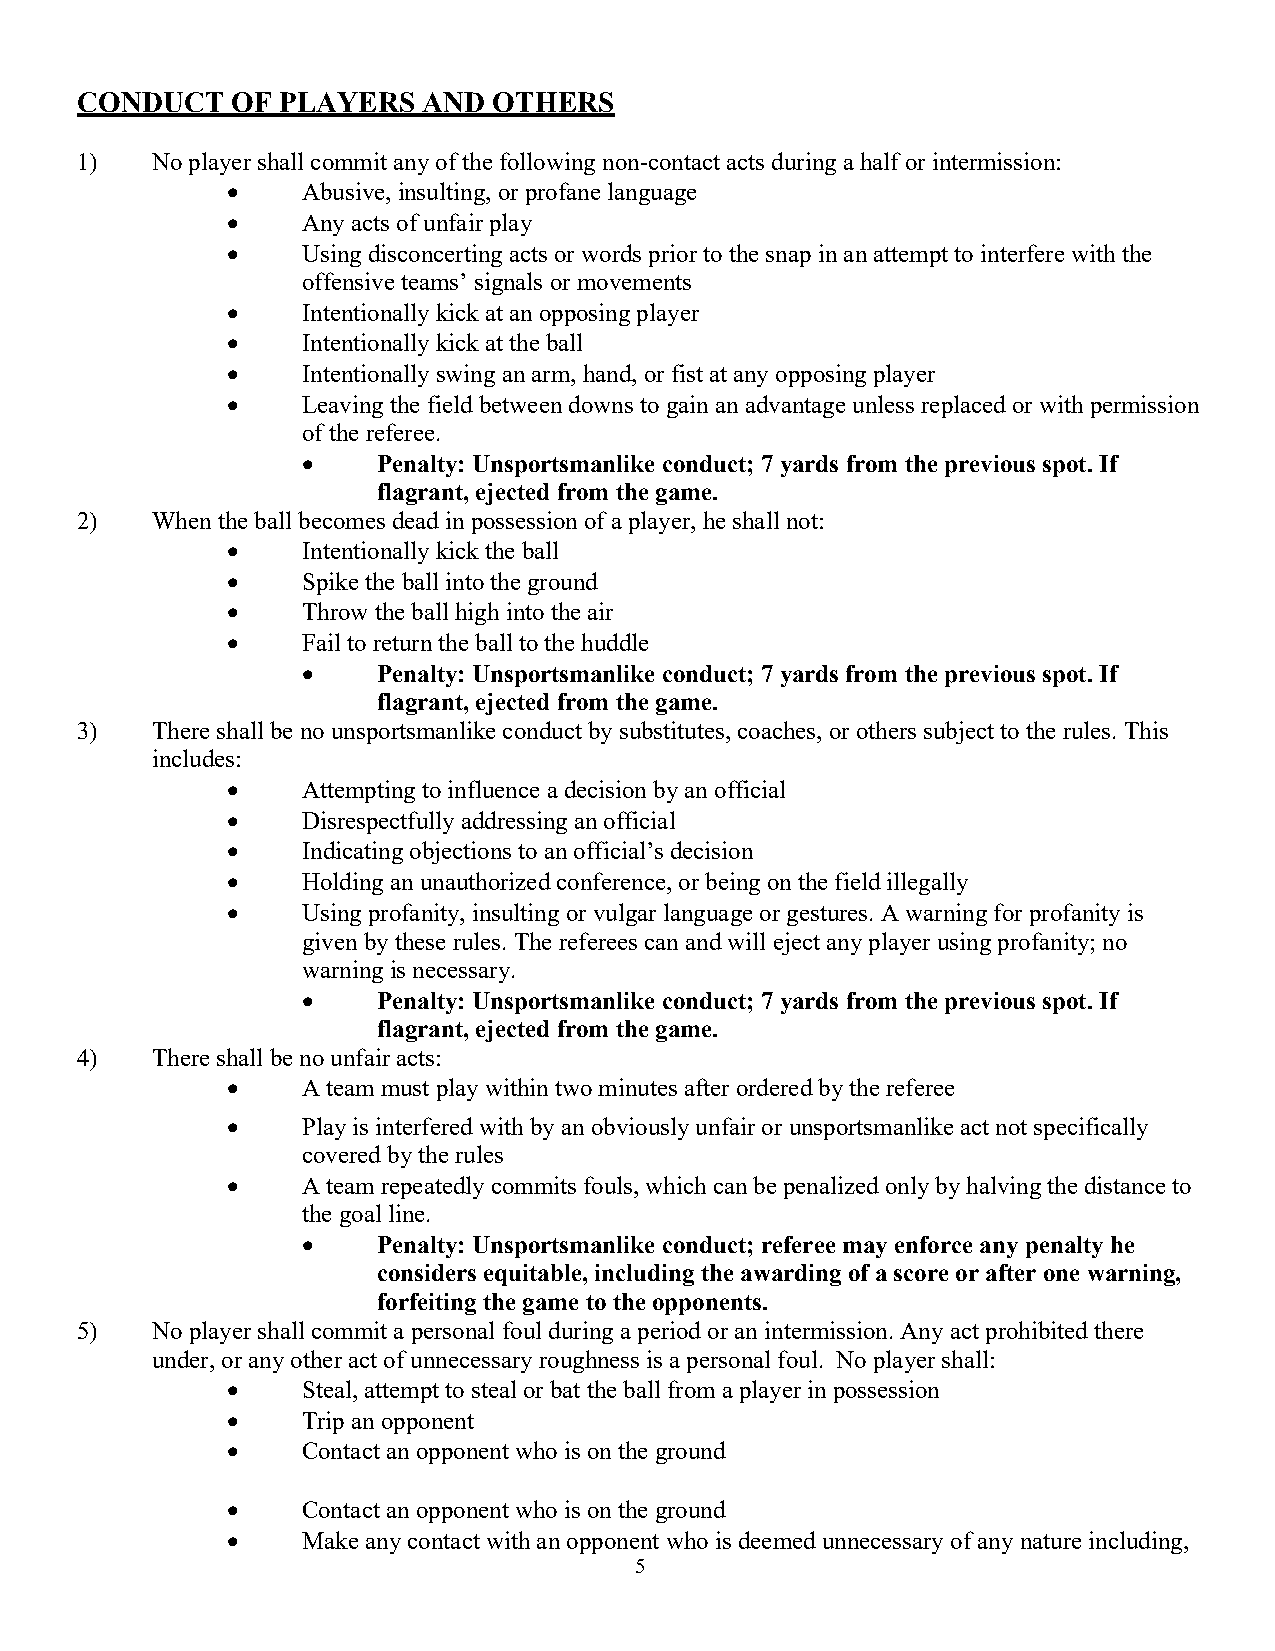
CONDUCT   OF PLAYERS   AND  OTHERS
 1)   No player shall commit any of the following non-contact acts during a half or intermission:
 •    Abusive, insulting, or profane language
 •    Any acts of unfair play
 •    Using disconcerting acts or words prior to the snap in an attempt to interfere with the
 offensive teams’ signals or movements
 •    Intentionally kick at an opposing player
 •    Intentionally kick at the ball
 •    Intentionally swing an arm, hand, or fist at any opposing player
 •    Leaving the field between downs to gain an advantage unless replaced or with permission
 of the referee.
 •    Penalty: Unsportsmanlike conduct; 7 yards from the previous spot. If
 flagrant, ejected from the game.
 2)   When the ball becomes dead in possession of a player, he shall not:
 •    Intentionally kick the ball
 •    Spike the ball into the ground
 •    Throw the ball high into the air
 •    Fail to return the ball to the huddle
 •    Penalty: Unsportsmanlike conduct; 7 yards from the previous spot. If
 flagrant, ejected from the game.
 3)   There shall be no unsportsmanlike conduct by substitutes, coaches, or others subject to the rules. This
 includes:
 •    Attempting to influence a decision by an official
 •    Disrespectfully addressing an official
 •    Indicating objections to an official’s decision
 •    Holding an unauthorized conference, or being on the field illegally
 •    Using profanity, insulting or vulgar language or gestures. A warning for profanity is
 given by these rules. The referees can and will eject any player using profanity; no
 warning is necessary.
 •    Penalty: Unsportsmanlike conduct; 7 yards from the previous spot. If
 flagrant, ejected from the game.
 4)   There shall be no unfair acts:
 •    A team must play within two minutes after ordered by the referee
 •    Play is interfered with by an obviously unfair or unsportsmanlike act not specifically
 covered by the rules
 •    A team repeatedly commits fouls, which can be penalized only by halving the distance to
 the goal line.
 •    Penalty: Unsportsmanlike conduct; referee may enforce any penalty he
 considers equitable, including the awarding of a score or after one warning,
 forfeiting the game to the opponents.
 5)   No player shall commit a personal foul during a period or an intermission. Any act prohibited there
 under, or any other act of unnecessary roughness is a personal foul. No player shall:
 •    Steal, attempt to steal or bat the ball from a player in possession
 •    Trip an opponent
 •    Contact an opponent who is on the ground
 •    Contact an opponent who is on the ground
 •    Make any contact with an opponent who is deemed unnecessary of any nature including,
 5